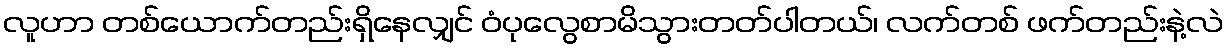
လူဟာ တစ်ယောက်တည်းရှိနေလျှင် ဝံပုလွေစာမိသွားတတ်ပါတယ်၊ လက်တစ် ဖက်တည်းနဲ့လဲ